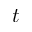
t